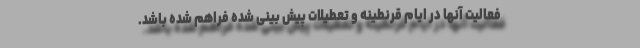
فعالیت آنها در ایام قرنطینه و تعطیلات پیش بینی شده فراهم شده باشد.